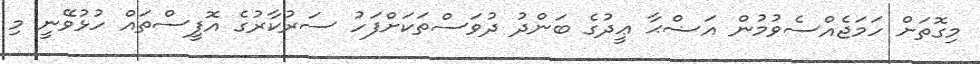
މިގޮތަށް ހަމަޖެއްސެވުމުން އަޟްޙާ ޢީދުގެ ބަންދު ދުވަސްތަކަށްފަހު ސަރުކާރުގެ އޮފީސްތައް ހުޅުވޭނީ މި